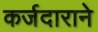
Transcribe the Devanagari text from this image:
कर्जदाराने